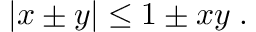
\begin{array} { r } { | x \pm y | \le 1 \pm x y \; . } \end{array}